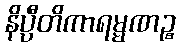
နိပ္ပီတိကာရမ္မဏဉ္စ